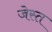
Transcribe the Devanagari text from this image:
जेस्त